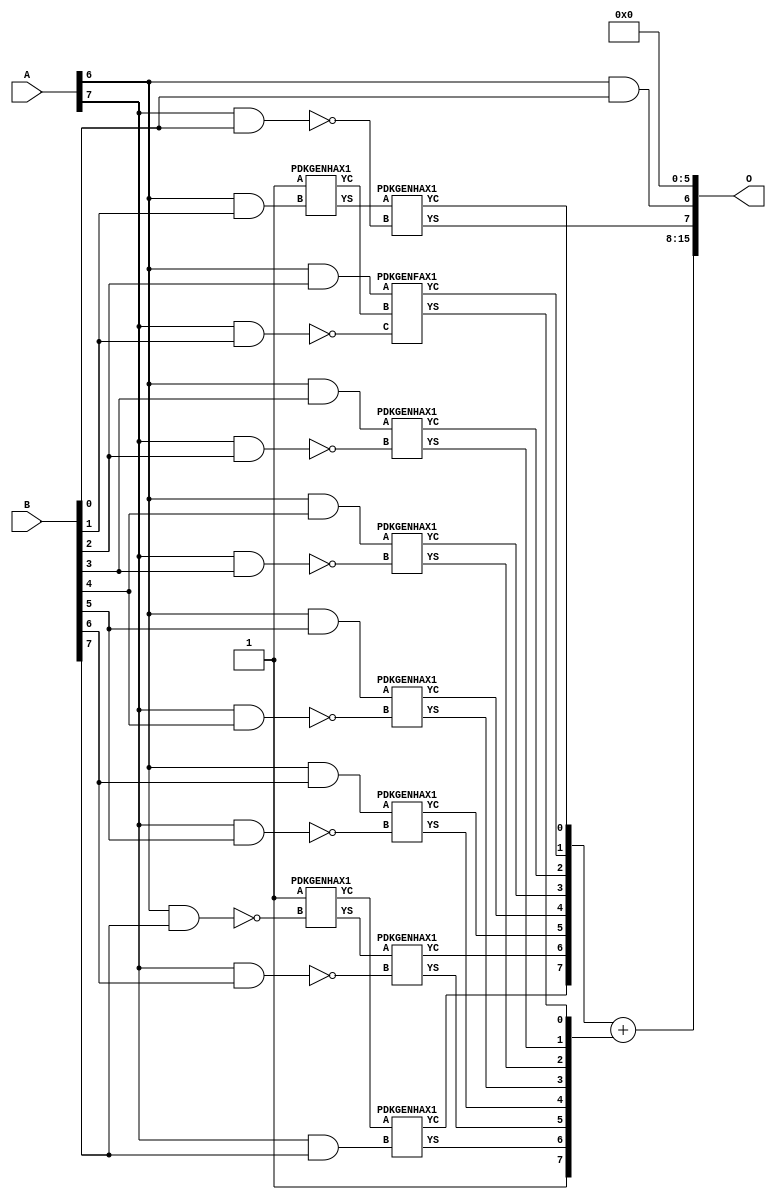
// This program was cloned from: https://github.com/ehw-fit/evoapproxlib
// License: MIT License

/***
* This code is a part of EvoApproxLib library (ehw.fit.vutbr.cz/approxlib) distributed under The MIT License.
* When used, please cite the following article(s): V. Mrazek, Z. Vasicek, L. Sekanina, H. Jiang and J. Han, "Scalable Construction of Approximate Multipliers With Formally Guaranteed Worst Case Error" in IEEE Transactions on Very Large Scale Integration (VLSI) Systems, vol. 26, no. 11, pp. 2572-2576, Nov. 2018. doi: 10.1109/TVLSI.2018.2856362 
* This file contains a circuit from a sub-set of pareto optimal circuits with respect to the pwr and mae parameters
***/
// MAE% = 3.08 %
// MAE = 2016 
// WCE% = 12.30 %
// WCE = 8064 
// WCRE% = 6300.00 %
// EP% = 98.05 %
// MRE% = 135.77 %
// MSE = 72829.102e2 
// PDK45_PWR = 0.052 mW
// PDK45_AREA = 172.2 um2
// PDK45_DELAY = 0.89 ns


module mul8s_1KR3 ( A, B, O );
  input [7:0] A;
  input [7:0] B;
  output [15:0] O;

  wire C_6_1,C_6_7,C_7_0,C_7_1,C_7_2,C_7_3,C_7_4,C_7_5,C_7_6,C_7_7,S_0_7,S_1_6,S_2_5,S_3_4,S_4_3,S_5_2,S_6_0,S_6_1,S_6_2,S_6_3,S_6_4,S_6_5,S_6_6,S_6_7,S_7_0,S_7_1,S_7_2,S_7_3,S_7_4,S_7_5,S_7_6,S_7_7,S_8_0,S_8_1,S_8_2,S_8_3,S_8_4,S_8_5,S_8_6,S_8_7,S_8_8;

  assign S_0_7 = 1'b1;
  assign S_1_6 = 1'b1;
  assign S_2_5 = 1'b1;
  assign S_3_4 = 1'b1;
  assign S_4_3 = 1'b1;
  assign S_5_2 = 1'b1;
  assign S_6_0 = (A[6] & B[0]);
  PDKGENHAX1 U292374 (.A(S_5_2), .B((A[6] & B[1])), .YS(S_6_1), .YC(C_6_1));
  assign S_6_2 = (A[6] & B[2]);
  assign S_6_3 = (A[6] & B[3]);
  assign S_6_4 = (A[6] & B[4]);
  assign S_6_5 = (A[6] & B[5]);
  assign S_6_6 = (A[6] & B[6]);
  PDKGENHAX1 U292380 (.A(1'b1), .B(~(A[6] & B[7])), .YS(S_6_7), .YC(C_6_7));
  PDKGENHAX1 U292381 (.A(S_6_1), .B(~(A[7] & B[0])), .YS(S_7_0), .YC(C_7_0));
  PDKGENFAX1 U292382 (.A(S_6_2), .B(C_6_1), .C(~(A[7] & B[1])), .YS(S_7_1), .YC(C_7_1));
  PDKGENHAX1 U292383 (.A(S_6_3), .B(~(A[7] & B[2])), .YS(S_7_2), .YC(C_7_2));
  PDKGENHAX1 U292384 (.A(S_6_4), .B(~(A[7] & B[3])), .YS(S_7_3), .YC(C_7_3));
  PDKGENHAX1 U292385 (.A(S_6_5), .B(~(A[7] & B[4])), .YS(S_7_4), .YC(C_7_4));
  PDKGENHAX1 U292386 (.A(S_6_6), .B(~(A[7] & B[5])), .YS(S_7_5), .YC(C_7_5));
  PDKGENHAX1 U292387 (.A(S_6_7), .B(~(A[7] & B[6])), .YS(S_7_6), .YC(C_7_6));
  PDKGENHAX1 U292388 (.A(C_6_7), .B((A[7] & B[7])), .YS(S_7_7), .YC(C_7_7));
  assign {S_8_8, S_8_7, S_8_6, S_8_5, S_8_4, S_8_3, S_8_2, S_8_1, S_8_0} = {C_7_7, C_7_6, C_7_5, C_7_4, C_7_3, C_7_2, C_7_1, C_7_0} + {1'b1, S_7_7, S_7_6, S_7_5, S_7_4, S_7_3, S_7_2, S_7_1};
  assign O = {S_8_7,S_8_6,S_8_5,S_8_4,S_8_3,S_8_2,S_8_1,S_8_0,S_7_0,S_6_0,1'b0,1'b0,1'b0,1'b0,1'b0,1'b0};

endmodule

/* mod */
module PDKGENHAX1( input A, input B, output YS, output YC );
    assign YS = A ^ B;
    assign YC = A & B;
endmodule
/* mod */
module PDKGENFAX1( input A, input B, input C, output YS, output YC );
    assign YS = (A ^ B) ^ C;
    assign YC = (A & B) | (B & C) | (A & C);
endmodule